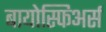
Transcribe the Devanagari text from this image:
बायोस्फिअर्स